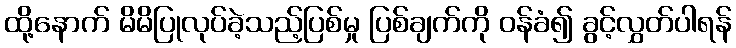
ထို့နောက် မိမိပြုလုပ်ခဲ့သည့်ပြစ်မှု ပြစ်ချက်ကို ဝန်ခံ၍ ခွင့်လွှတ်ပါရန်